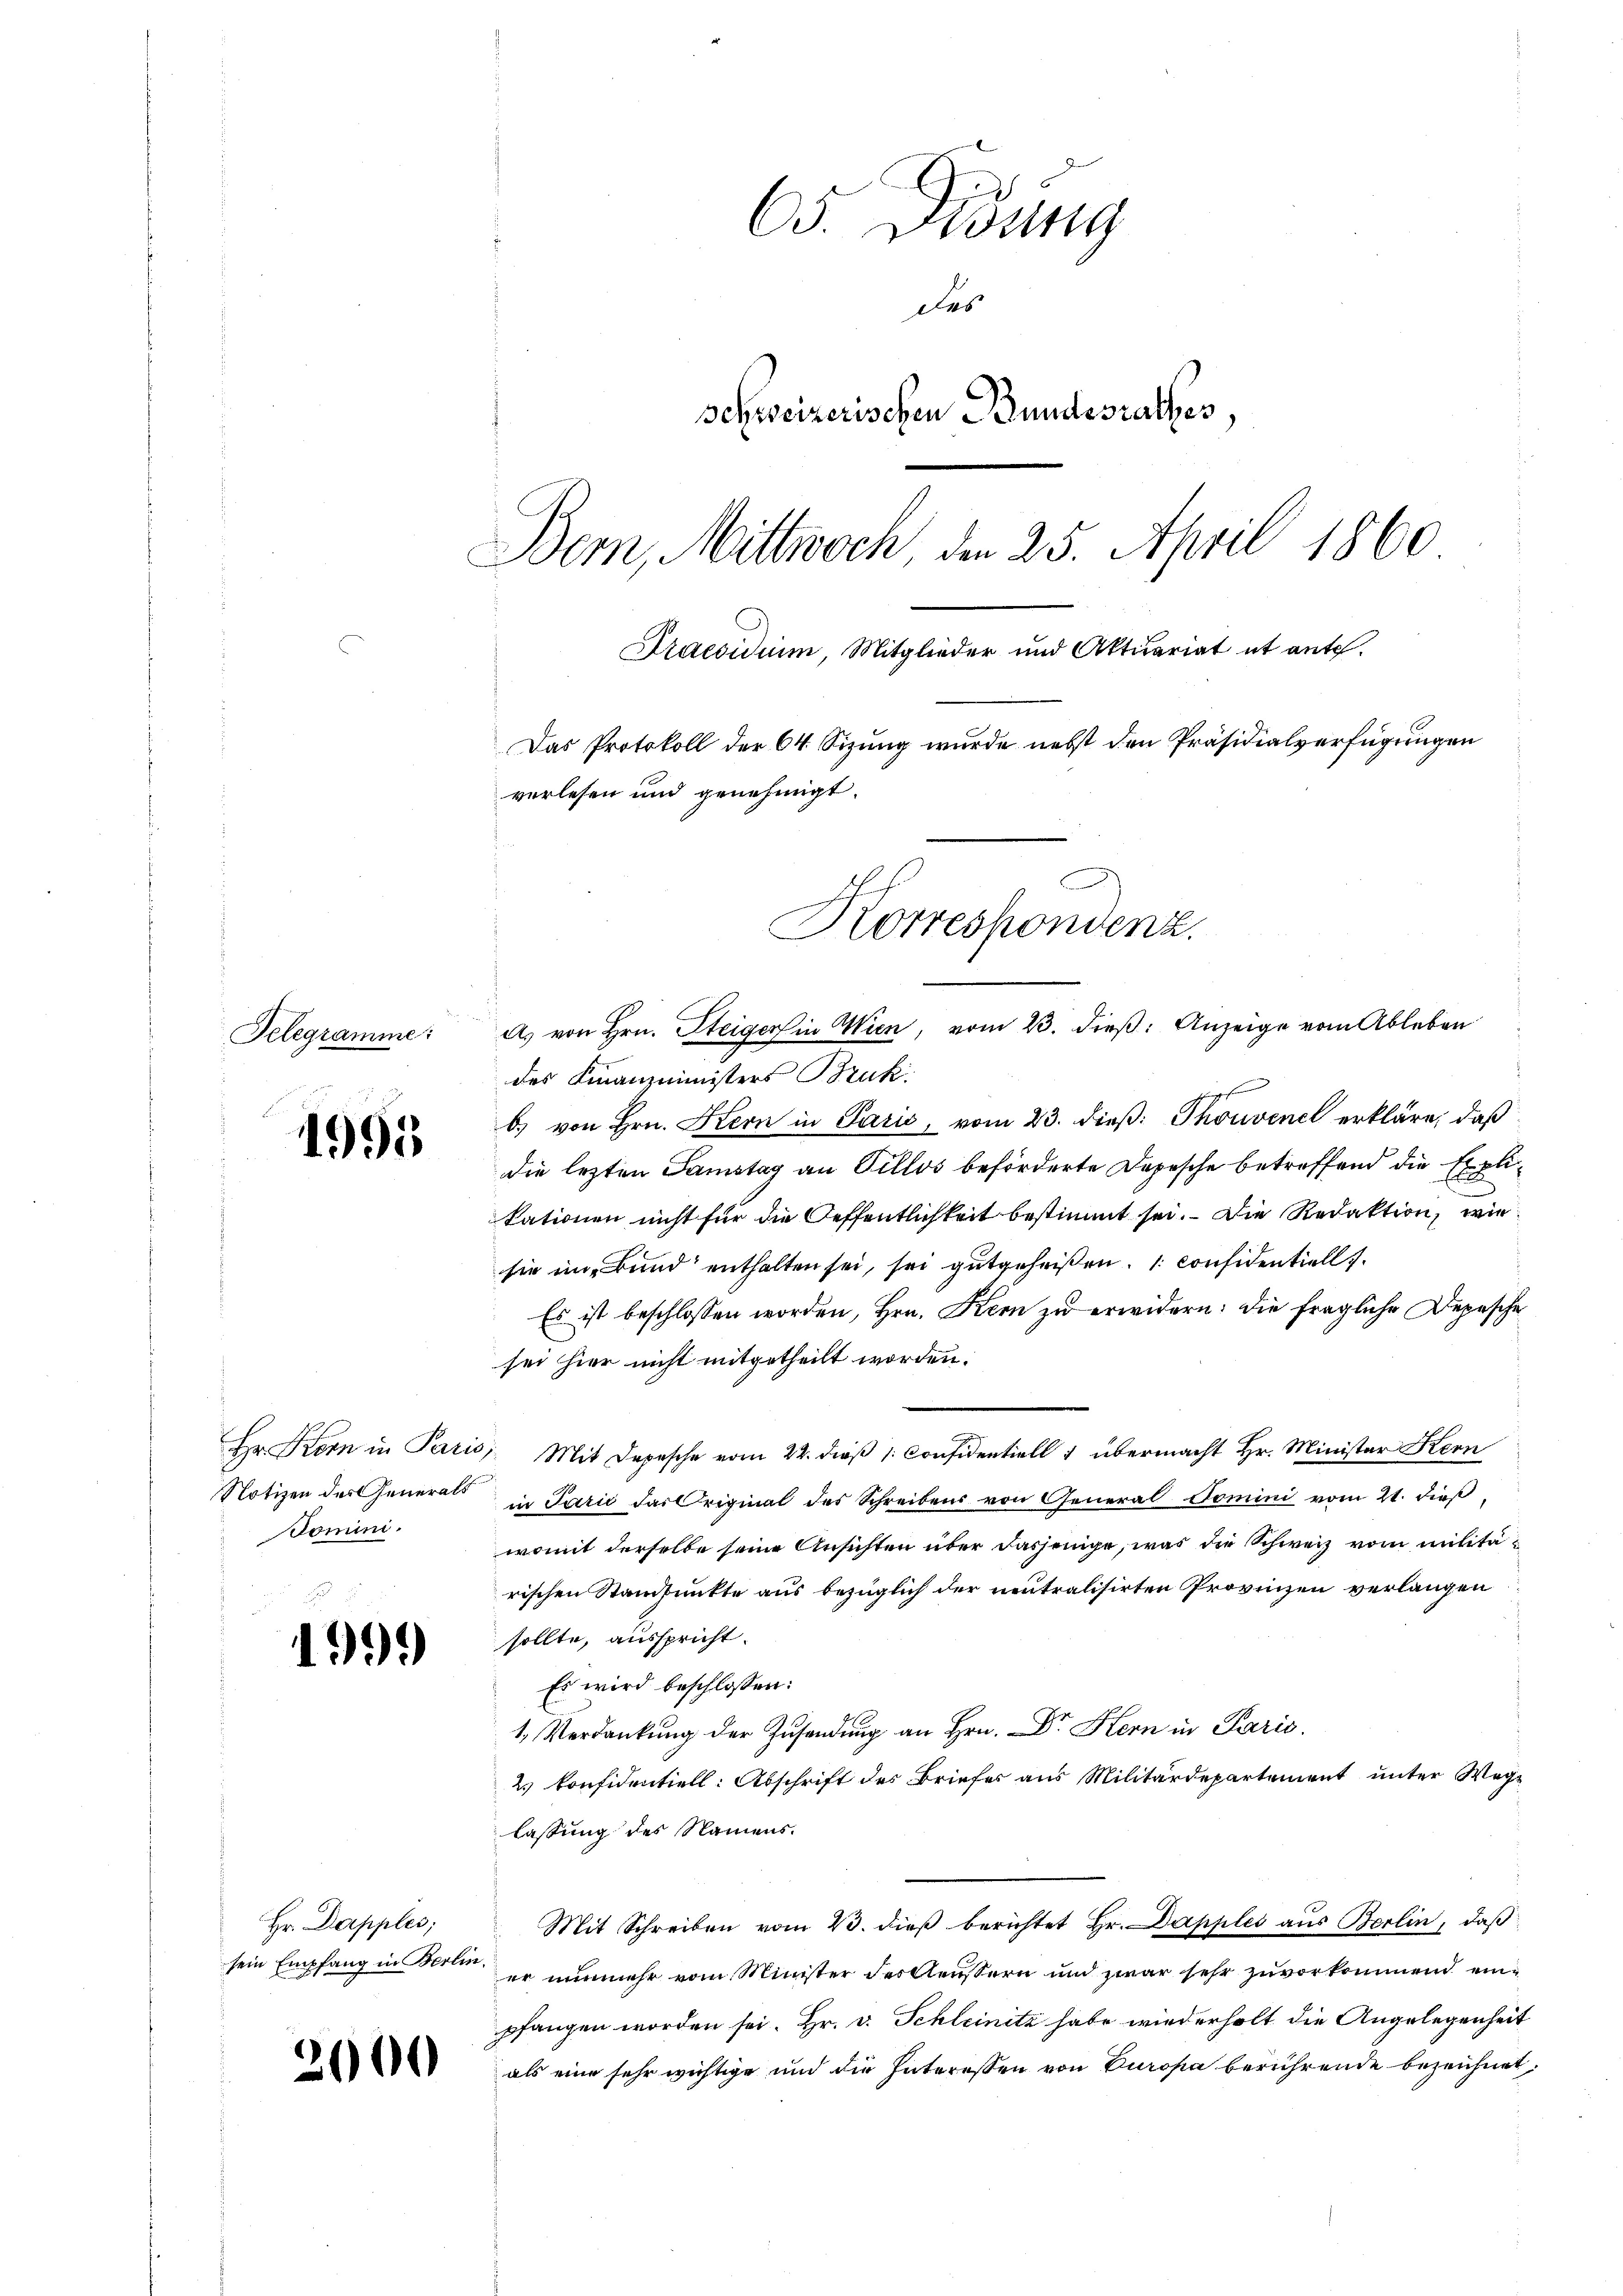
Telegramme:

1995

Hr Korn in Paris
Notizen der Generals
Domini.

d

9

Hr. Dapples;
sein Empfang in Berlin

2000

65. Didung
Des
schweizerischen Bundesrathes,
Bem, Mittwoch, den 25. April 1860
Praesidium, Mitglieder und Aktuariat et ante.
Das Protokoll der 64 Sizung wurde nebst den Präsidialverfügungen
verlesen und genehmigt.
Korrespondenz.

A. von Hrn. Steiger in Wien, vom 23. dieß: Anzeige vom Ableben

des Finanzministers Bruk
h
b) von Hrn. Kern in Paris, vom 23. dieß: Thouvenel erkläre, daß
die lezten Samstag an Pillos beförderte Depesche betreffend die Explitationen nicht für die Oeffentlichkeit bestimmt sei. Die Redaktion, wie
sie im Bund enthalten sei, sei gutgeheißen. 1. considentiell.
Es ist beschlossen worden, Hrn. Kern zu erwidern: die fragliche Depesche
sei hier nicht mitgetheilt worden.
3) Mit Depesche vom 22. dieß 1: Considentiell 1 übermacht Hr. Minister Kern
in Parić das Original des Schreibens von General Domini vom 21. dieβ,
womit derselbe seine Ansichten über dasjenige, was die Schweiz vom militärischen Standpunkte aus bezüglich der neutralisirten Provinzen verlangen
sollte, ausspricht.
Es wird beschlossen:
1. Verdankung der Zusendung an Hrn. Dr. Kern in Paris.
2.) Confidentiell: Abschrift des Briefes aus Militärdepartement unter Weg-
lassung des Namens.
Mit Schreiben vom 23. dieß berichtet Hr. Dapples aus Berlin, daß
er nunmehr vom Minister der Aeussern und zwar sehr zuvorkommend einpfangen worden sei. Hr. v. Schleinitz habe wird erholt die Angelegenheit
als eine sehr wichtige und die Interessen von Europa berührende bezeichnet